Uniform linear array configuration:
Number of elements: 48
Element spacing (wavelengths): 0.25
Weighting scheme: cosine
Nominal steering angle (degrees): -30
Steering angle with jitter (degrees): -29.251
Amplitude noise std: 0.05
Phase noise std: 0.05

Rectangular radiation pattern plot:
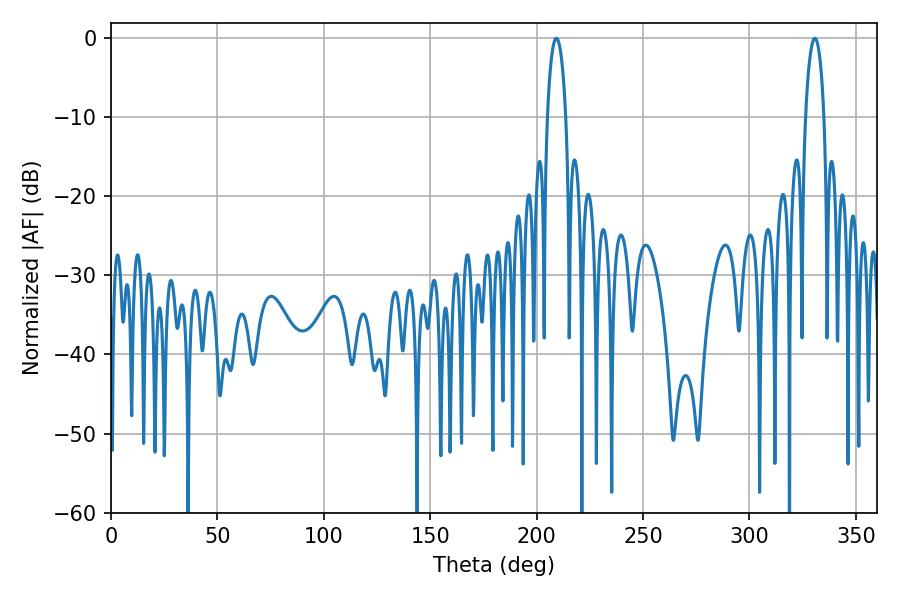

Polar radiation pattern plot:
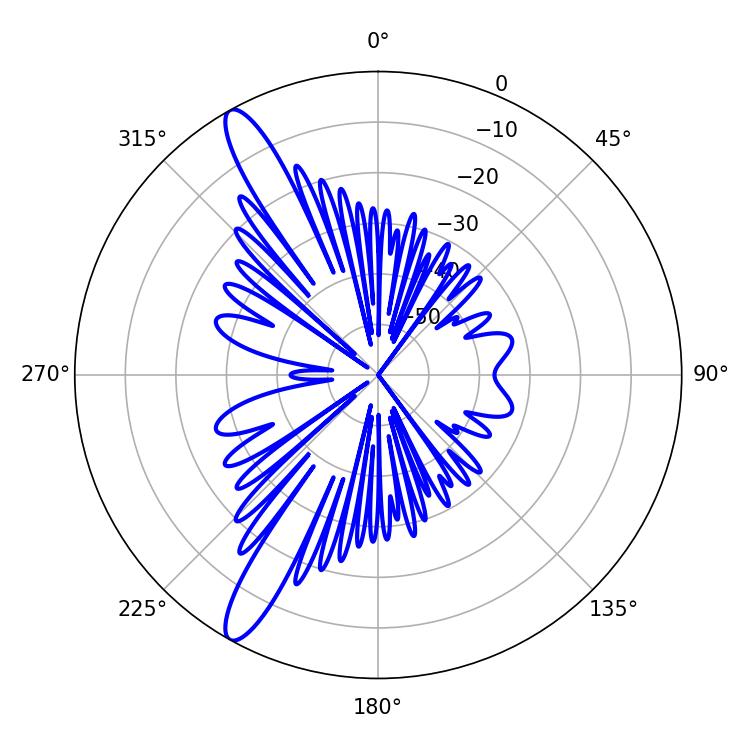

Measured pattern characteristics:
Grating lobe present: FALSE
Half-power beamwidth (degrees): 4.86
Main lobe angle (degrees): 330.66